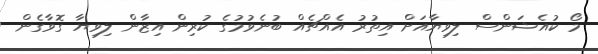
މޯ ކުއެޝަންސް ލިވިޔާއަށް އިތުރު އެއްޗެއް ބުނެވުމުގެ ކުރިން އިޒާން ލިވިޔާ ގޮވާގެން